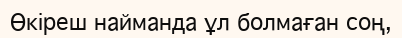
Өкіреш найманда ұл болмаған соң,